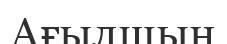
Ағылшын